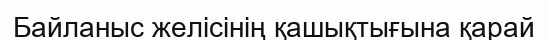
Байланыс желісінің қашықтығына қарай